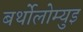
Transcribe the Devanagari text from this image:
बर्थोलोम्युइ